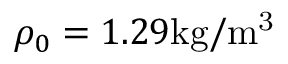
\rho _ { 0 } = 1 . 2 9 \mathrm { { k g / m ^ { 3 } } }